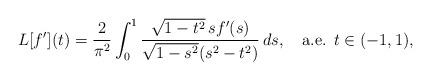
LaTeX: \begin{align*}L[f'](t) = \frac{2}{\pi^2} \int_0^1 \frac{\sqrt{1-t^2}\,s f'(s)}{\sqrt{1-s^2} (s^2-t^2)}\,ds, \quad\mbox{a.e. }t\in(-1,1), \end{align*}